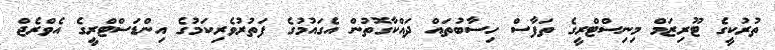
ތުރުކީގެ ޓޫރިޒަމް މިނިސްޓްރީގެ ތަފާސް ހިސާބުތައް ދައްކާގޮތުން އެގައުމުގެ ފަތުރުވެރިކަމުގެ އިންޑަސްޓްރީގެ އެވްރެޖް